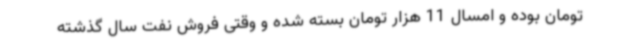
تومان بوده و امسال 11 هزار تومان بسته شده و وقتی فروش نفت سال گذشته